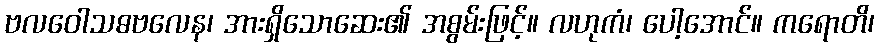
ဗလဝေါသဓဗလေန၊ အားရှိသောဆေး၏ အစွမ်းဖြင့်။ လဟုကံ၊ ပေါ့အောင်။ ကရောတိ၊